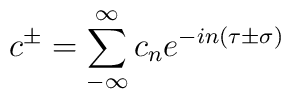
c^{\pm}= \sum\limits_{- \infty}^{\infty} c_n e^{-in \left( \tau \pm\sigma \right)}